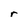
Character: r